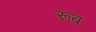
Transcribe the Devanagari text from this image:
रूब